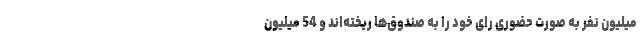
میلیون نفر به صورت حضوری رای خود را به صندوق‌ها ریخته‌اند و 54 میلیون